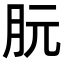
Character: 朊